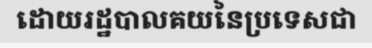
ដោយរដ្ឋបាលគយនៃប្រទេសជា